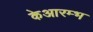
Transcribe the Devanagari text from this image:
केआरम्भ